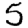
Digit: 5